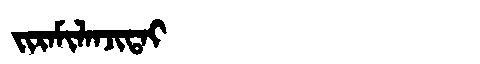
Manchu: ᠵᡳᡵᠠᠮᡳᠯᠠᠨᠵᡳᡨᠠᡳ
Romanization: JIRAMILANJITAI